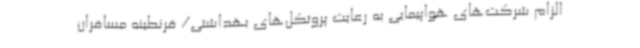
الزام شرکت‌های هواپیمایی به رعایت پروتکل‌های بهداشتی/ قرنطینه مسافران